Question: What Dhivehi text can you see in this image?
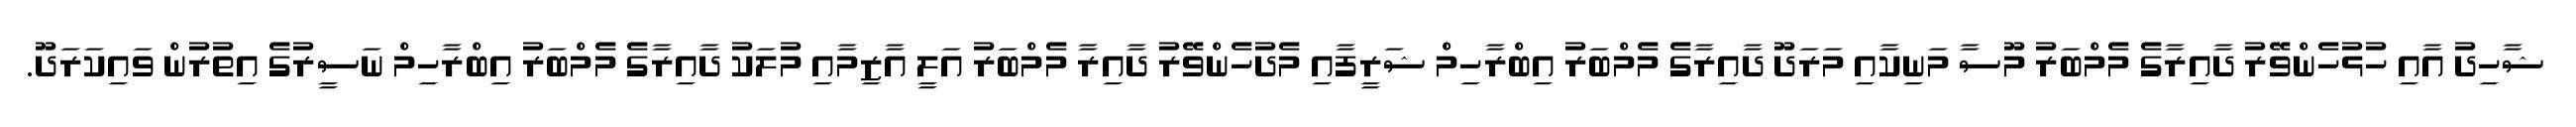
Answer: ޝާހިދު އާއި ހުޅުހެންވޭރު ދާއިރާގެ މެމްބަރު މޫސާ މަނިކާއި މަރަދޫ ދާއިރާގެ މެމްބަރު އިބްރާހިމް ޝަރީފާއި މެދުހެންވޭރު ދާއިރާ މެމްބަރު އަލީ އާޒިމާއި މުލަކު ދާއިރާގެ މެމްބަރު އިބްރާހިމް ނަސީރުގެ އިތުރުން ވައިކަރަދޫ.